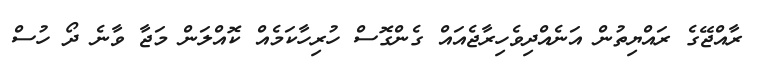
ރާއްޖޭގެ ރައްޔިތުން އަނެއްދިވެހިރާޖެއައް ގެންގޮސް ހުރިހާކަމެއް ކޮއްލަން މަޖާ ވާނެ ދޯ ހުސް